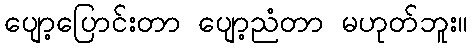
ပျော့ပြောင်းတာ ပျော့ညံတာ မဟုတ်ဘူး။